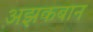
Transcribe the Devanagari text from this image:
अझकबान